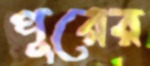
পুরের